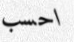
احسب